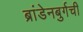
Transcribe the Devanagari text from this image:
ब्रांडेनबुर्गची